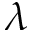
\lambda